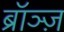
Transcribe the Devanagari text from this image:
ब्रॉञ्ज़